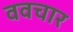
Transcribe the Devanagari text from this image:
ववचार